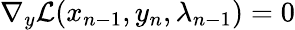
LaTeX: \nabla_{y}\mathcal{L}(x_{n-1},y_{n},\lambda_{n-1})=0